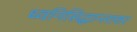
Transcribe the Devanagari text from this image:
ध्वनिसिद्धान्तावर